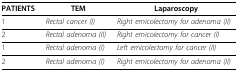
| PATIENTS | TEM | Laparoscopy |
 | --- | --- | --- |
 | 1 | Rectal cancer (I) | Right emicolectomy for adenoma(II) |
 | 2 | Rectal adenoma (II) | Right emicolectomy for cancer(I) |
 | 1 | Rectal adenoma (I) | Left emicolectomy for cancer (II) |
 | 2 | Rectal adenoma (I) | Right emicolectomy for adenoma (II) |